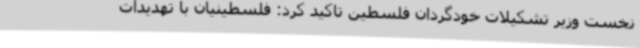
نخست وزیر تشکیلات خودگردان فلسطین تاکید کرد: فلسطینیان با تهدیدات